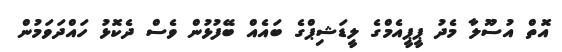
އޮތް އުސޫލާ މެދު ޕީޕީއެމްގެ ލީޑަޝިޕްގެ ބައެއް ބޭފުޅުން ވެސް ދެކޮޅު ހައްދަވަމުން